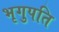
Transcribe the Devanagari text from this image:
भृगुपति